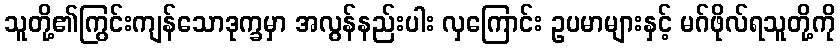
သူတို့၏ကြွင်းကျန်သောဒုက္ခမှာ အလွန်နည်းပါး လှကြောင်း ဥပမာများနှင့် မဂ်ဖိုလ်ရသူတို့ကို